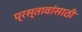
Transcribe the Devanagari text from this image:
प्रस्तावांसाठी